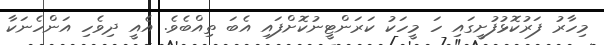
މިހާރު ފަރުކޮޅުފުށީގައި ހަ މީހަކު ކަރަންޓީނުކޮށްފައި އެބަ ތިއްބެވެ. އެއީ ދިވެހި އަންހެނަކާ